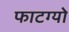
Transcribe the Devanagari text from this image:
फाटग्यो